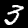
Digit: 3